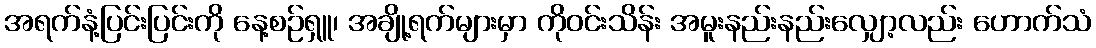
အရက်နံ့ပြင်းပြင်းကို နေ့စဉ်ရှူ၊ အချို့ရက်များမှာ ကိုဝင်းသိန်း အမူးနည်းနည်းလျှော့လည်း ဟောက်သံ